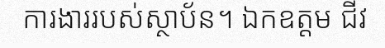
ការងាររបស់ស្ថាប័ន។ ឯកឧត្តម ជីវ